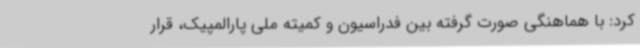
کرد: با هماهنگی صورت گرفته بین فدراسیون و کمیته ملی پارالمپیک، قرار